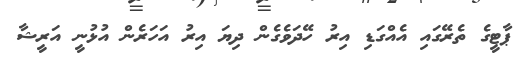
ޕާޓީގެ ތެރޭގައި އެއްގަޑި އިރު ހޭދަވެގެން ދިޔަ އިރު އަހަރެން އުޅުނީ އަރީޝާ